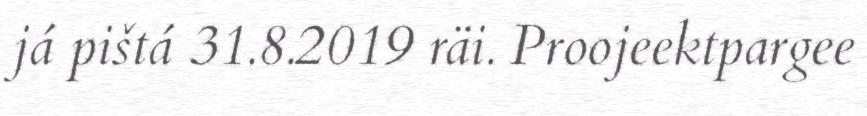
já pištá 31.8.2019 räi. Proojeektpargee